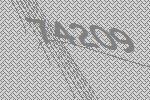
74209